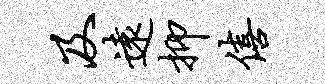
及远抑僖